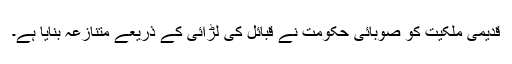
قدیمی ملکیت کو صوبائی حکومت نے قبائل کی لڑائی کے ذریعے متنازعہ بنایا ہے۔